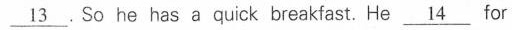
\underline{13} . So he has a quick breakfast. He \underline{14} for